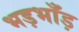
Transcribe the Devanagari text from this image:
भड़भाँड़